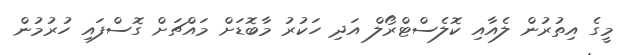
މީގެ އިތުރުން ލެއާއި ކޮލެސްޓްރޯލް އަދި ހަކުރު މާބޮޑަށް މައްޗަށް ގޮސްފައި ހުރުމުން